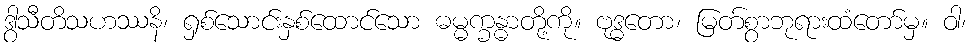
ဒွါသီတိသဟဿနိ၊ ရှစ်သောင်းနှစ်ထောင်သော ဓမ္မက္ခန္ဓာတို့ကို။ ဗုဒ္ဓတော၊ မြတ်စွာဘုရားထံတော်မှ။ ဝါ၊